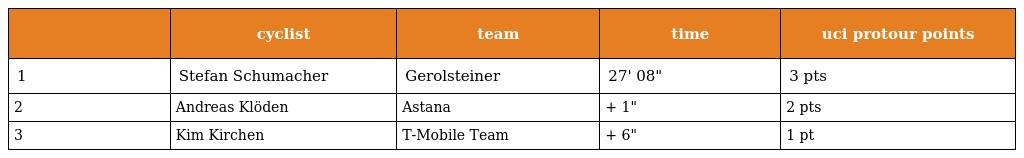
|  | cyclist | team | time | uci protour points |
 | --- | --- | --- | --- | --- |
 | 1 | Stefan Schumacher | Gerolsteiner | 27' 08" | 3 pts |
 | 2 | Andreas Klöden | Astana | + 1" | 2 pts |
 | 3 | Kim Kirchen | T-Mobile Team | + 6" | 1 pt |